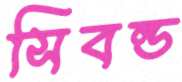
সিবল্ড